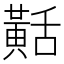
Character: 𪎾